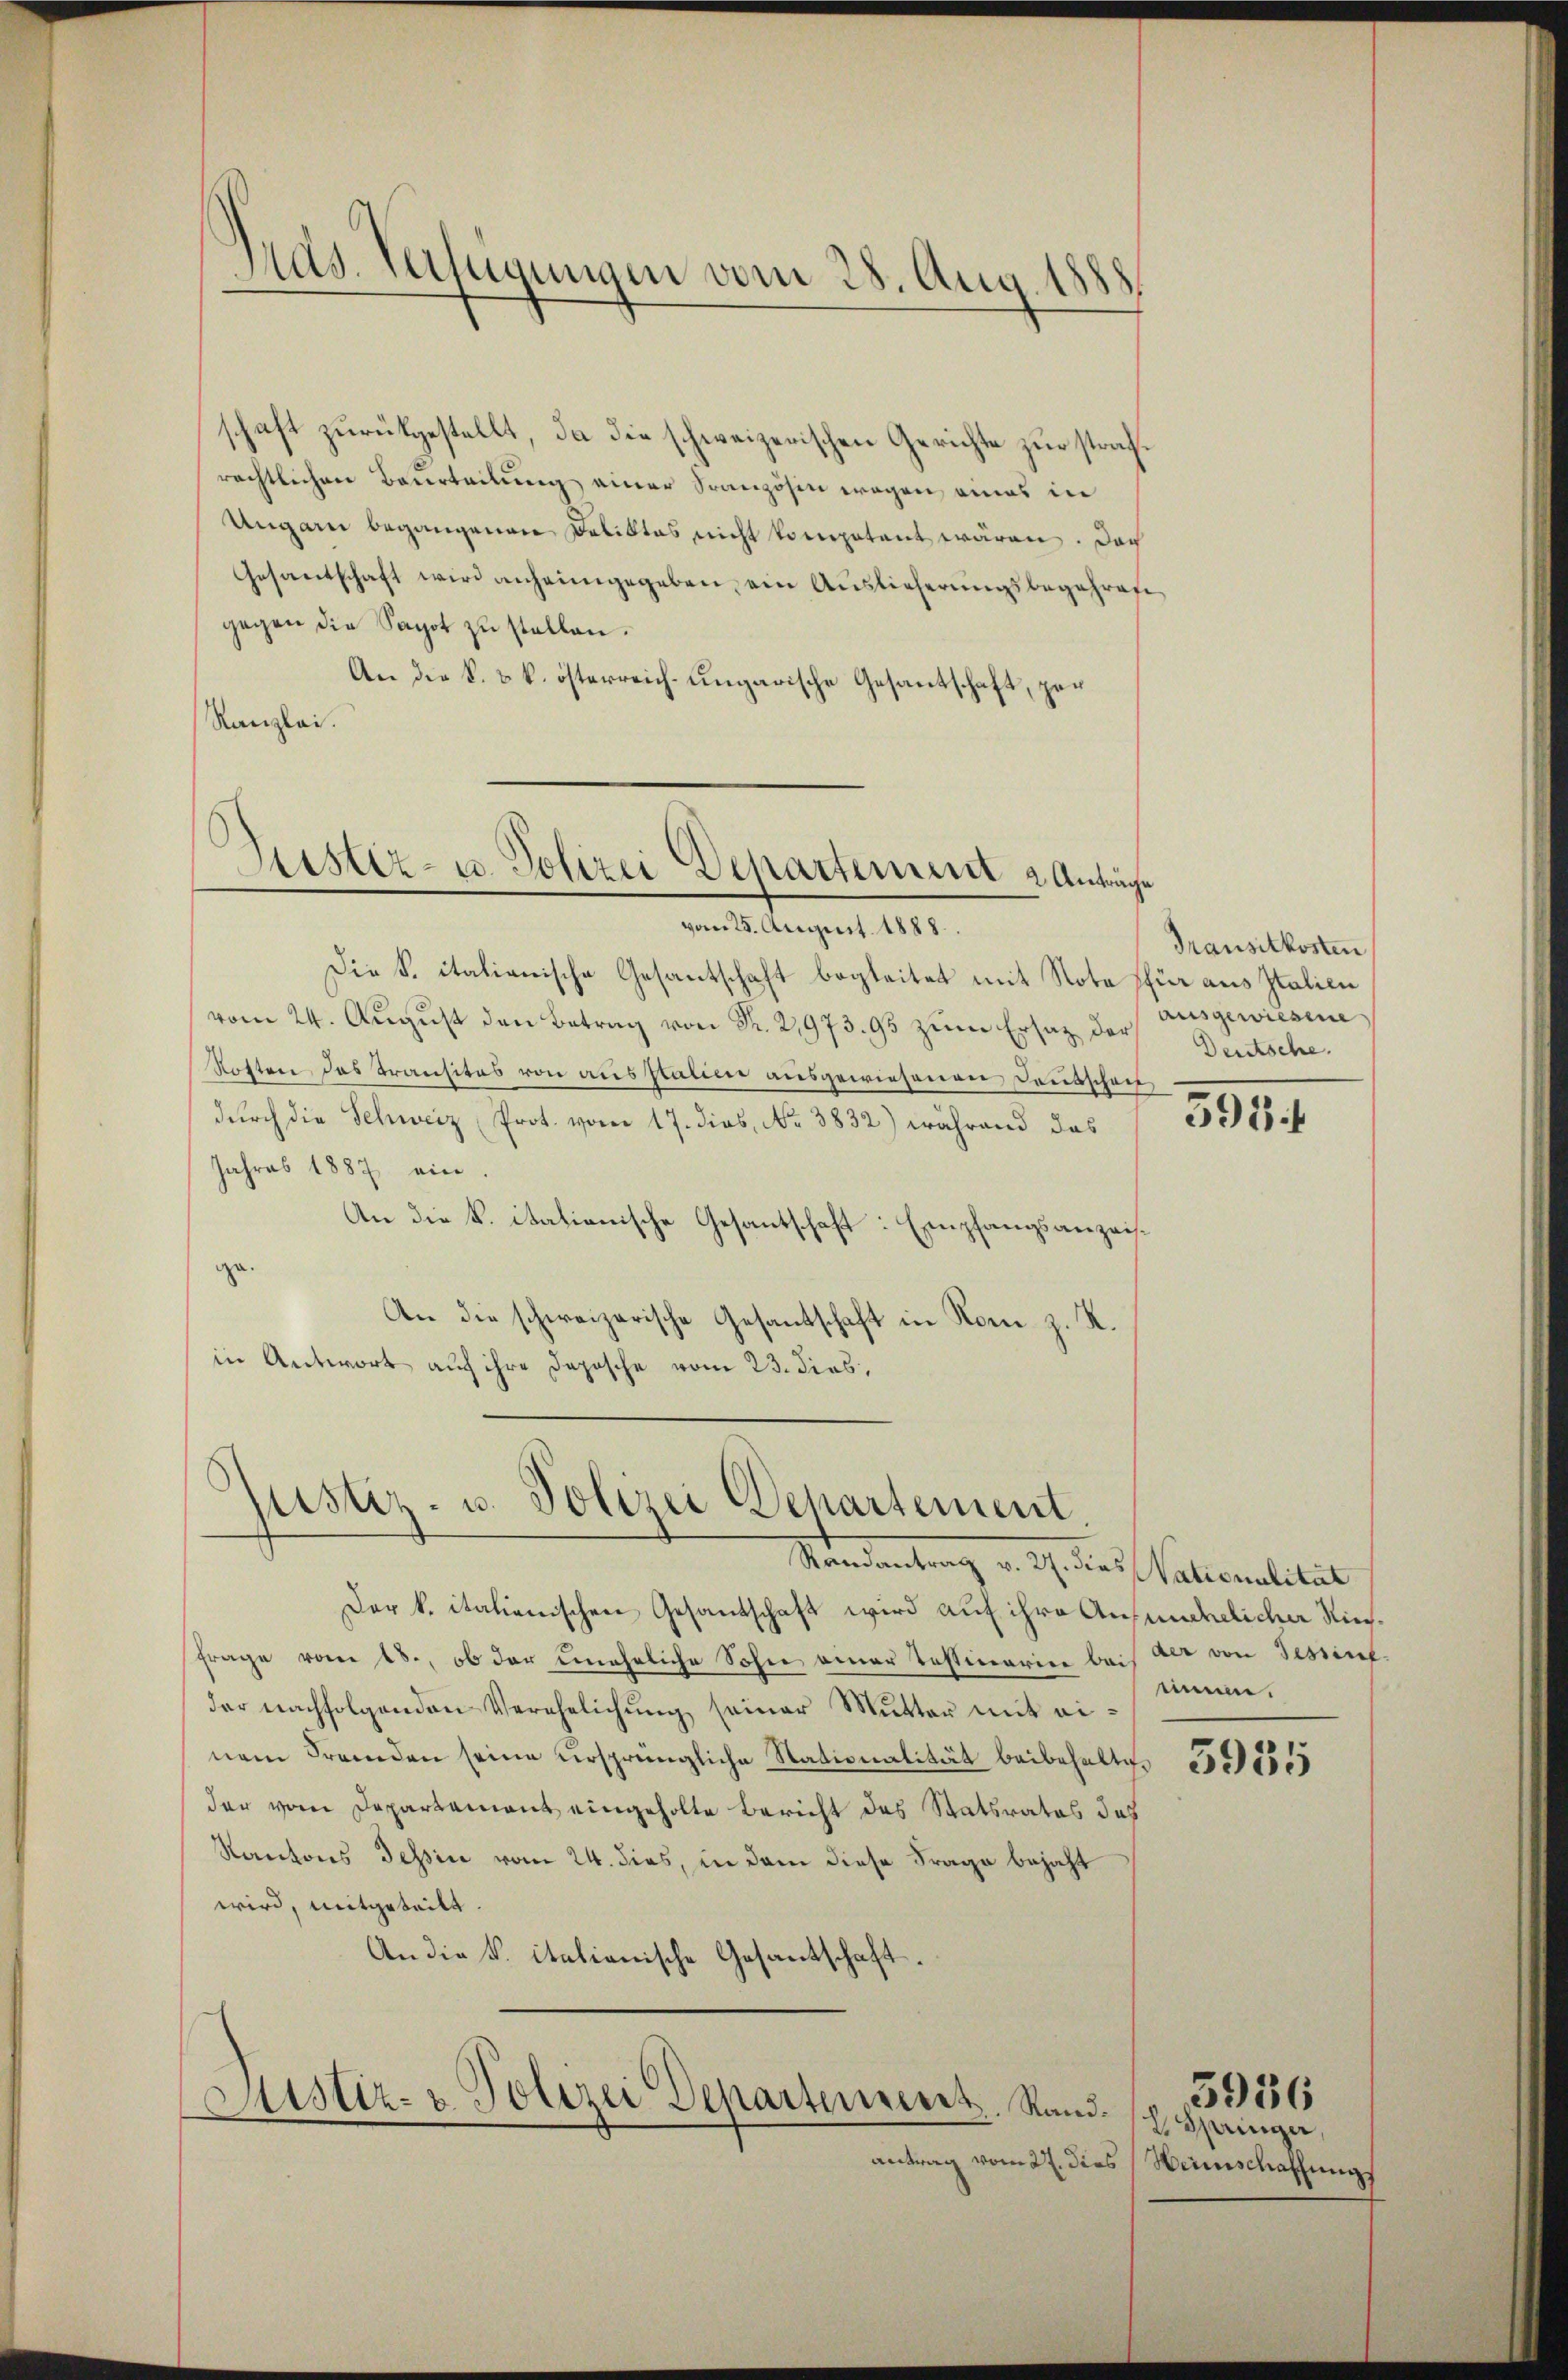
Gras Verfügungen vom 28. Aug. 1883.

schaft zurückgestellt, da die schweizerischen Gerichte zur strafrechtlichen Beurteilung einer Französin wegen eines in
Ungarn begangenen Deliktes nicht kompetent wären. Doch
Gesantschaft wird anheimgegeben, ein Auslieferungsbegehren
gegen die Sapot zu stellen.
An die k. k. k. österreich-ungarische Gesantschaft, zer
Kanzlei.

Justiz- u. Polizei Departement 2 Anträge
vom 25. August 1888.

Die S. italianische Gesantschaft begleitet mit Nota für aus Italien
vom 24. August den Betrag von Fr. 2,973. 95 zum Ersatz der
Rotten, das Transitas von ausstatien ausgewiesenen Dreisscheit,
durch die Schweiz Prot. vom 17. dies, No 3832) während das
Jahres 1887 ein
An die k. itationische Gesantschaft: Empfangsanzeisge.
An die schweizerische Gesandschaft in Nom z. R.
in Antwort auf ihre Dopische vom 23. dies,
justiz- u. Polizei Departement.
Standentrag v. J. dies alteralität
Der k. italienischen Gesandschaft wird auf ihre Ansunehelicher Niefrage vom 18., ob der uneheliche Sohne einer Testinarien bei der von Sessirt.
der nachfolgenden Verehelichung seiner Mutter mit einem Fremden seine ursprüngliche Nationalität beibehaltige
der vom Departament eingeholte Bericht des Statsrates das
Kantons Tessin vom 24. dies, in dem diese Frage bejaht
wird, mitgeteilt.
An die K. italienische Gesantschaft.

Sistiz- u. Polizei Departeureret. Rand.
antrag vom 27. dies

Transitkosten
ausgewiesene
Deutsche.

595.

minn.

5955

2 Springer,
Heinschaffung

3936